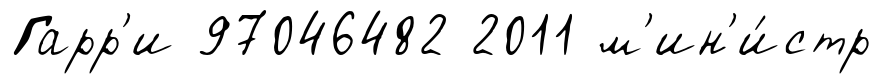
Гарр'и 97046482 2011 м'ин'и́стр